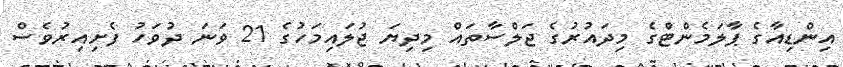
އިންޑިއާގެ ޕާލަމެންޓްގެ މިދައުރުގެ ޖަލްސާތައް މިދިޔަ ޖުލައިމަހުގެ 21 ވަނަ ދުވަހު ފެށިއިރުވެސް